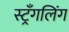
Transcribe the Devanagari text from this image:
स्ट्रँगलिंग